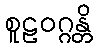
စူဠဝဂ္ဂန္တိ